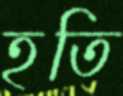
হতি